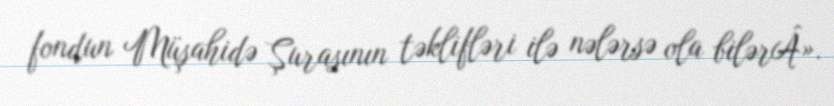
fondun Müşahidə Şurasının təklifləri ilə nələrsə ola bilərÂ».